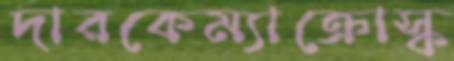
দারকেম্যাক্রোস্ক